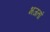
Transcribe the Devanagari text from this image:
भजतां